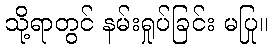
သို့ရာတွင် နမ်းရှုပ်ခြင်း မပြု။